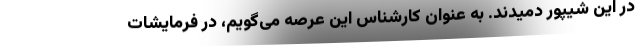
در این شیپور دمیدند. به عنوان کارشناس این عرصه می‌گویم، در فرمایشات